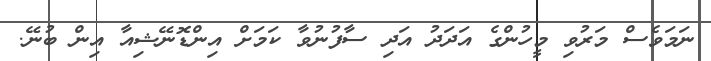
ނަމަވެސް މަރުވި މީހުންގެ އަދަދު އަދި ސާފުނުވާ ކަމަށް އިންޑޮނޭޝިއާ އިން ބުނޭ.